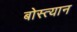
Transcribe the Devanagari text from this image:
बोस्त्यान